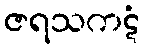
ဇရသကဋံ